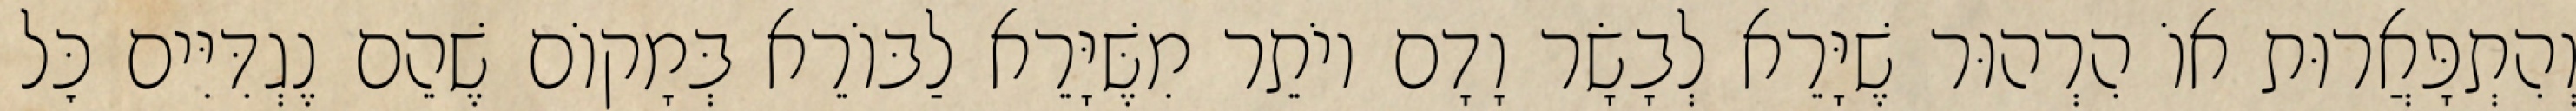
וְהִתְפָּאֲרוּת אוֹ הִרְהוּר שֶׁיָּרֵא לְבָשָׂר וָדָם יוֹתֵר מִשֶּׁיָּרֵא לַבּוֹרֵא בְּמָקוֹם שֶׁהֵם נֶגְדִּיִּים כׇּל